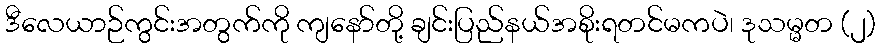
ဒီလေယာဉ်ကွင်းအတွက်ကို ကျနော်တို့ ချင်းပြည်နယ်အစိုးရတင်မကပဲ၊ ဒုသမ္မတ (၂)